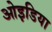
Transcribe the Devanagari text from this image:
ओइडिया